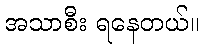
အသာစီး ရနေတယ်။